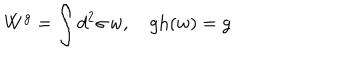
LaTeX: W ^ { g } = \int d ^ { 2 } \sigma \, w , \quad \mathrm { g h } ( w ) = g